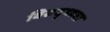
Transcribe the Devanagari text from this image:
विरुद्ध्च्या